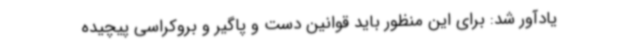
یادآور شد: برای این منظور باید قوانین دست و پاگیر و بروکراسی پیچیده